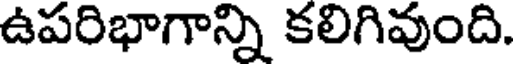
ఉపరిభాగాన్ని కలిగివుంది.